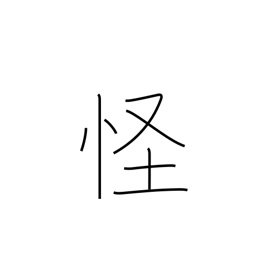
Meaning: suspicious